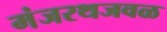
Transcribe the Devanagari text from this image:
मंजरथजवळ